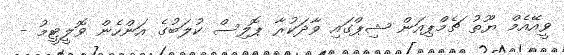
ވީއޭއެމް ޔޫތު ޗެމްޕިއަން ޝިޕްގައި ވާދަކުރާ ޕޮލިސް ކުލަބުގެ އަންހެން ވޮލީޓީމު -